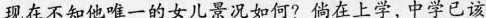
现在不知他唯一的女儿景况如何?倘在上学，中学已该